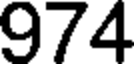
974